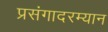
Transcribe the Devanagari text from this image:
प्रसंगादरम्यान